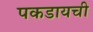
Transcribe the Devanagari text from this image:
पकडायची